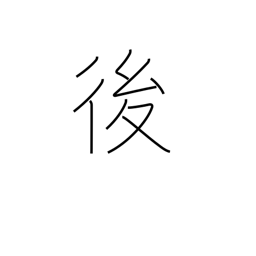
Meaning: later